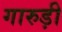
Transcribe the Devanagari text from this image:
गारुड़ी